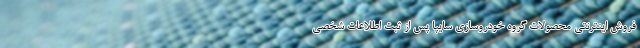
فروش اينترنتي محصولات گروه خودروسازي سايپا پس از ثبت اطلاعات شخصي